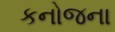
કનોજના